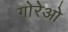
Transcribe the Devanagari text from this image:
गोरेओ